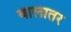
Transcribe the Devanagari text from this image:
बालातर